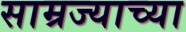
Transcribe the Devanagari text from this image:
साम्रज्याच्या